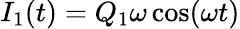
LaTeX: I_{1}(t)=Q_{1}\omega\cos(\omega t)